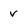
Character: v